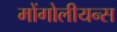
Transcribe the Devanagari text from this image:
मोंगोलीयन्स